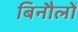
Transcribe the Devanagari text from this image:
बिनौलों